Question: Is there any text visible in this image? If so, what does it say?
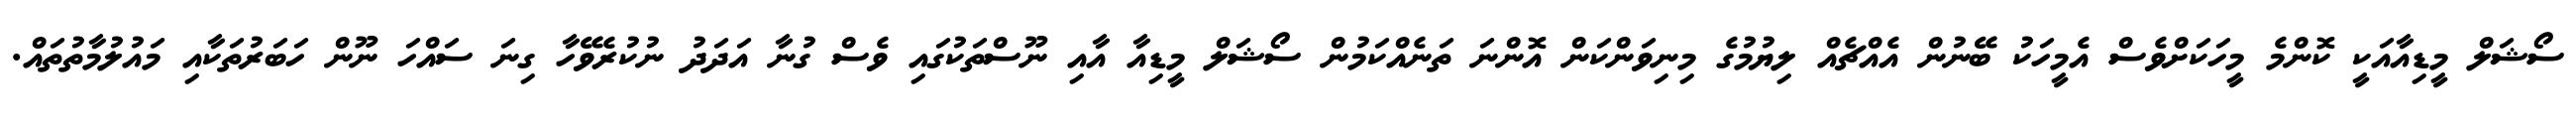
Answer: ސޯޝަލް މީޑިއާއަކީ ކޮންމެ މީހަކަށްވެސް އެމީހަކު ބޭނުން އެއްޗެއް ލިޔުމުގެ މިނިވަންކަން އޮންނަ ތަނެއްކަމުން ސޯޝަލް މީޑިއާ އާއި ނޫސްތަކުގައި ވެސް ގުނާ އަދަދު ނުކުރެވޭހާ ގިނަ ސައްހަ ނޫން ހަބަރުތަކާއި މައުލުމާތުތައް.